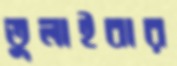
তুলাইবার